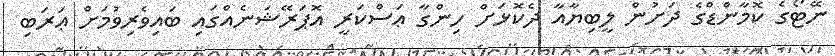
ނޭޓޯގެ ކޮމާންޑްގެ ދަށުން ލީބިޔާއާ ދެކޮޅަށް ހިންގާ ޢަސްކަރީ އޮޕަރޭޝަނެއްގައި ބައިވެރިވުމަށް ޢަރަބި